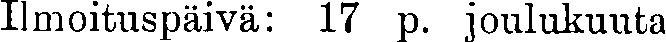
Imoituspäivä: 17 p. joulukuuta